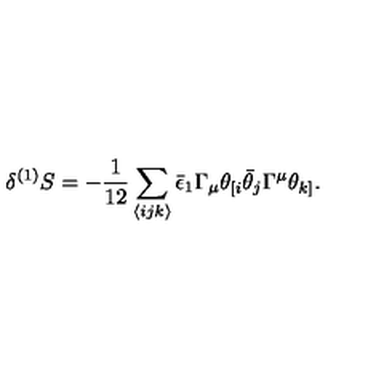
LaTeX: \delta ^ { ( 1 ) } S = - \frac { 1 } { 1 2 } \sum _ { \langle i j k \rangle } \bar { \epsilon } _ { 1 } \Gamma _ { \mu } \theta _ { [ i } \bar { \theta } _ { j } \Gamma ^ { \mu } \theta _ { k ] } . \,